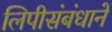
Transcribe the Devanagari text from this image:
लिपीसंबंधानें